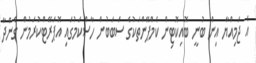
އެ ޖަމިއްޔާ އިން ބުނީ ބޮއިކޮޓިން ކެމްޕޭންތަކުގެ ސަބަބުން ހާސްކަމުގައި އޮޕަރޭޓްކުރަމުން ގެންދާ